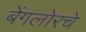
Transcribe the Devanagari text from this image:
बेंगलोरचे